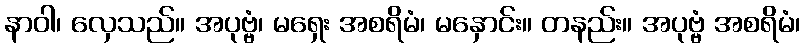
နာဝါ၊ လှေသည်။ အပုဗ္ဗံ၊ မရှေး အစရိမံ၊ မနှောင်း။ တနည်း။ အပုဗ္ဗံ အစရိမံ၊